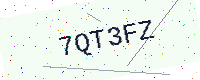
Text: 7QT3FZ